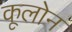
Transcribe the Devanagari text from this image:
कूलोन